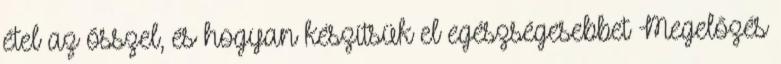
étel az ősszel, és hogyan készítsük el egészségesebbet Megelőzés